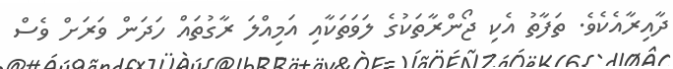
ދާއިރާއެކެވެ. ތަފާތު އެކި ޖޯންރާތަކުގެ ލަވަތަކާއި އަމިއްލަ ރާގުތައް ހަދަން ވަރަށް ވެސް